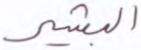
البشير